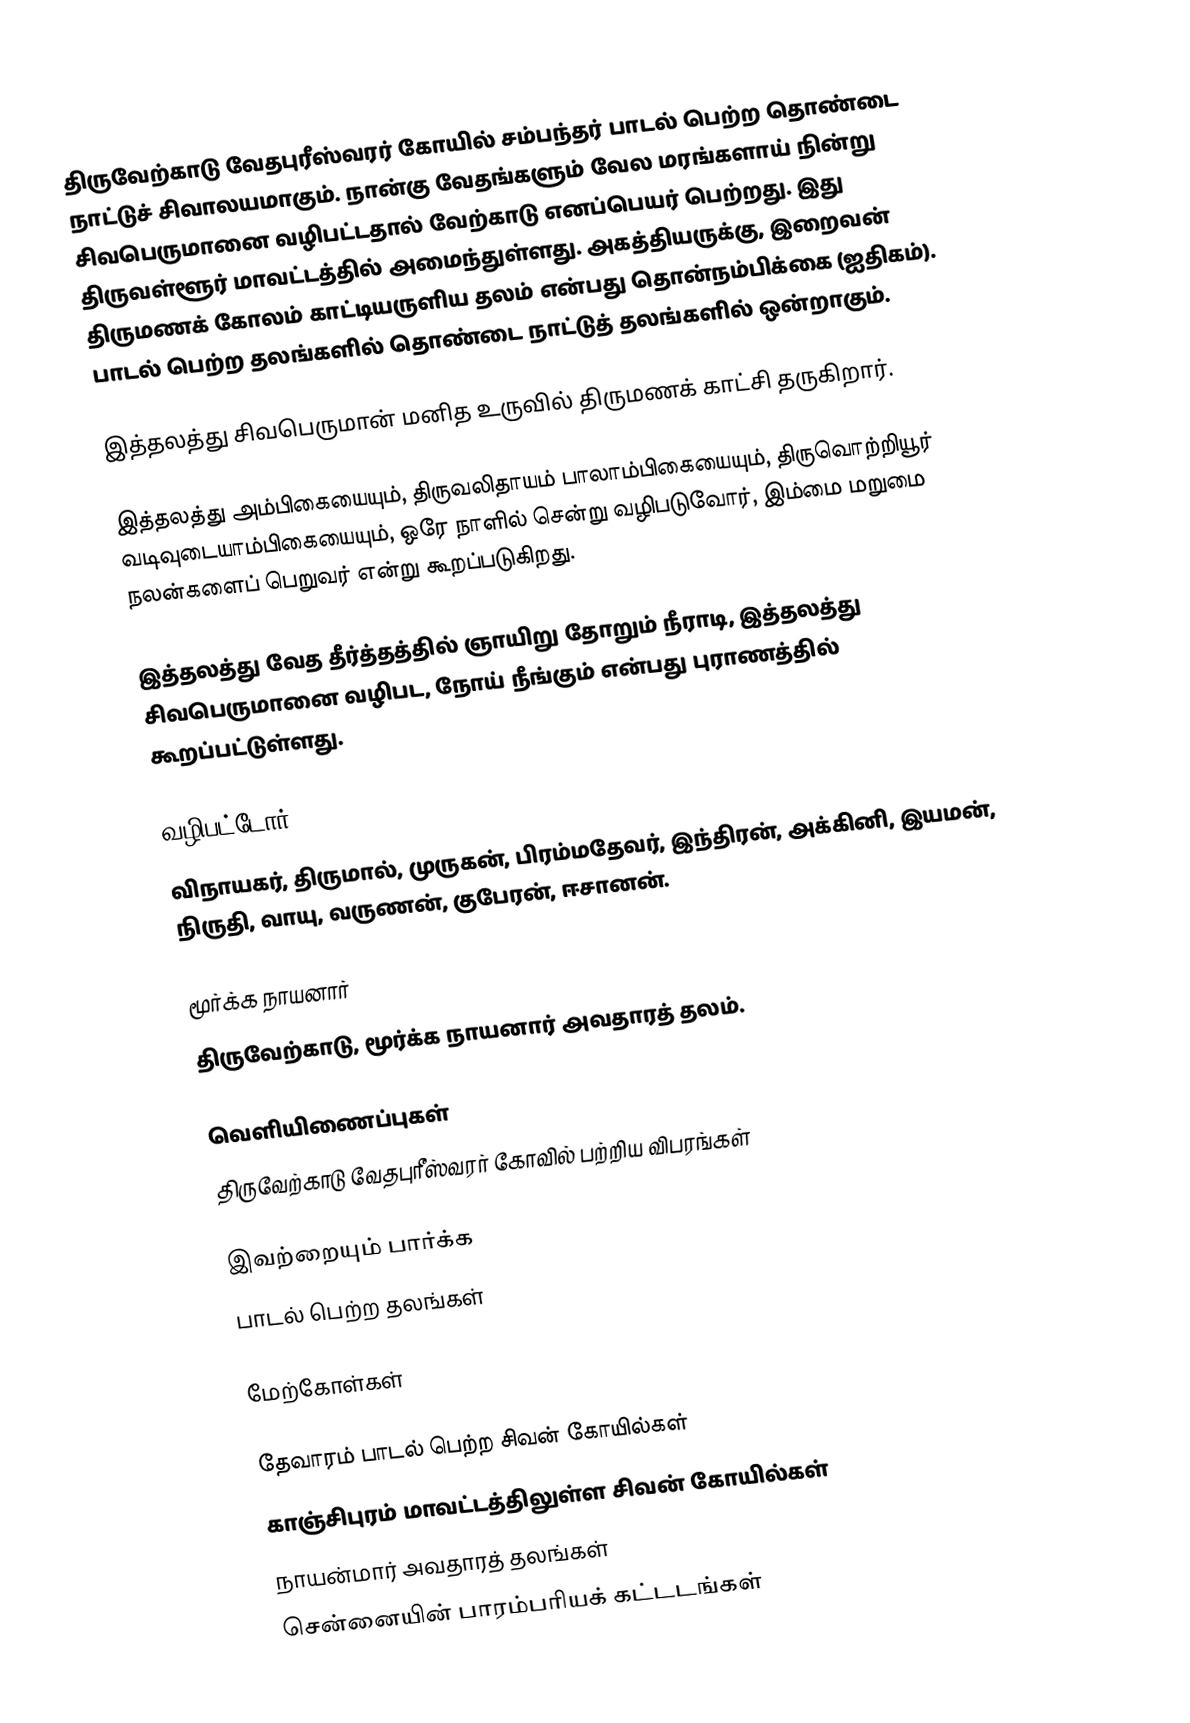
திருவேற்காடு வேதபுரீஸ்வரர் கோயில் சம்பந்தர் பாடல் பெற்ற தொண்டை நாட்டுச் சிவாலயமாகும். நான்கு வேதங்களும் வேல மரங்களாய் நின்று சிவபெருமானை வழிபட்டதால் வேற்காடு எனப்பெயர் பெற்றது. இது திருவள்ளூர் மாவட்டத்தில் அமைந்துள்ளது. அகத்தியருக்கு, இறைவன் திருமணக் கோலம் காட்டியருளிய தலம் என்பது தொன்நம்பிக்கை (ஐதிகம்).  பாடல் பெற்ற தலங்களில் தொண்டை நாட்டுத் தலங்களில் ஒன்றாகும்.

இத்தலத்து சிவபெருமான் மனித உருவில் திருமணக் காட்சி தருகிறார்.

இத்தலத்து அம்பிகையையும், திருவலிதாயம் பாலாம்பிகையையும், திருவொற்றியூர் வடிவுடையாம்பிகையையும், ஒரே நாளில் சென்று வழிபடுவோர், இம்மை மறுமை நலன்களைப் பெறுவர் என்று கூறப்படுகிறது.

இத்தலத்து வேத தீர்த்தத்தில் ஞாயிறு தோறும் நீராடி, இத்தலத்து சிவபெருமானை வழிபட, நோய் நீங்கும் என்பது புராணத்தில் கூறப்பட்டுள்ளது.

வழிபட்டோர்
விநாயகர், திருமால், முருகன், பிரம்மதேவர், இந்திரன், அக்கினி, இயமன், நிருதி, வாயு, வருணன், குபேரன், ஈசானன்.

மூர்க்க நாயனார்
திருவேற்காடு, மூர்க்க நாயனார் அவதாரத் தலம்.

வெளியிணைப்புகள்
திருவேற்காடு வேதபுரீஸ்வரர் கோவில் பற்றிய விபரங்கள்

இவற்றையும் பார்க்க
 பாடல் பெற்ற தலங்கள்

மேற்கோள்கள்

தேவாரம் பாடல் பெற்ற சிவன் கோயில்கள்
காஞ்சிபுரம் மாவட்டத்திலுள்ள சிவன் கோயில்கள்
நாயன்மார் அவதாரத் தலங்கள்
சென்னையின் பாரம்பரியக் கட்டடங்கள்